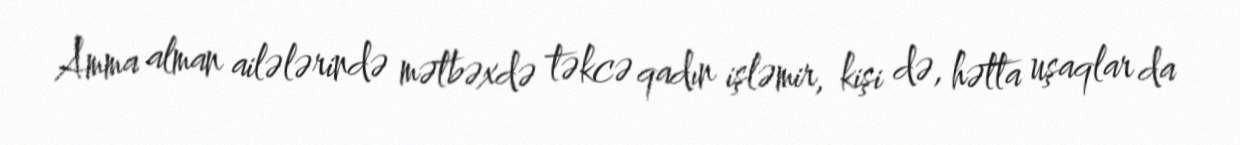
Amma alman ailələrində mətbəxdə təkcə qadın işləmir, kişi də, hətta uşaqlar da